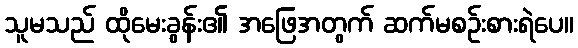
သူမသည် ထိုမေးခွန်း၏ အဖြေအတွက် ဆက်မစဉ်းစားရဲပေ။